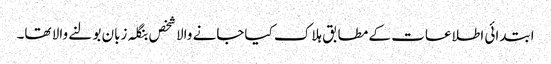
ابتدائی اطلاعات کے مطابق ہلاک کیاجانے والا شخص بنگلہ زبان بولنے والا تھا۔